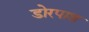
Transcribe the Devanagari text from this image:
डोरपाश